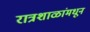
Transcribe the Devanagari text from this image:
रात्रशाळांमधून